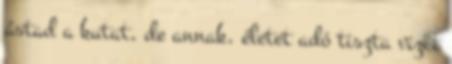
ástad a kutat, de annak, életet adó tiszta vizét